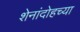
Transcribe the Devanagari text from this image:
शेनांदोहच्या